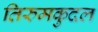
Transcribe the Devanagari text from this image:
तिरुमकुदल